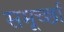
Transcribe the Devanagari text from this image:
समूर्च्छा